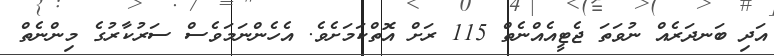
އަދި ބަނދަރެއް ނުވަތަ ޖެޓީއެއްނެތް 115 ރަށް އޮތްކަމަށެވެ. އެހެންނަމަވެސް ސަރުކާރުގެ މިންނެތް